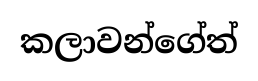
කලාවන්ගේත්